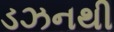
ડઝનથી